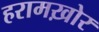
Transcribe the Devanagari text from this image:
हरामख़ोर